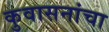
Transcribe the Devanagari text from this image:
कुवासनांचा